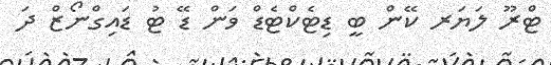
ޓްރޫ ލަޔަރ ކޭން ބީ ޑިޓެކްޓެޑް ވަން ޑޭ ޓު ޑައިގްނޯޒް ދަ